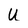
Character: U